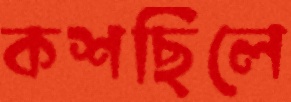
কশছিলে